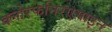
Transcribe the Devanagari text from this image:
क्लोरफेनिरएमाइन